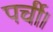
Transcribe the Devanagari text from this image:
पर्ची।